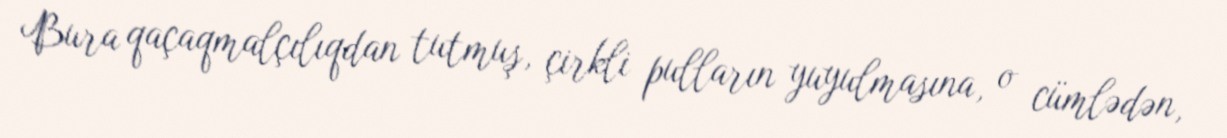
Bura qaçaqmalçılıqdan tutmuş, çirkli pulların yuyulmasına, o cümlədən,